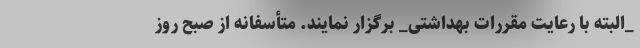
_البته با رعایت مقررات بهداشتی_ برگزار نمایند. متأسفانه از صبح روز